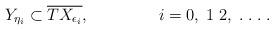
LaTeX: \begin{align*}Y_{\eta_{i}} \subset \overline{ T X_{\epsilon_{i}}}, \;\;\;\;\;\;\;\;\;\;\;\;\;\;\; i=0,\;1\;2,\;.\;.\;.\;.\end{align*}